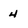
Character: 4